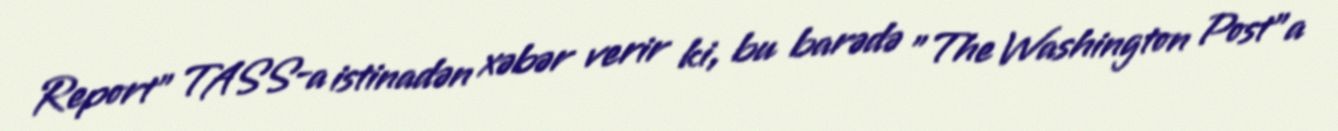
Report" TASS-a istinadən xəbər verir ki, bu barədə "The Washington Post"a